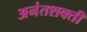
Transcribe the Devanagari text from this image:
अनंतशक्ती